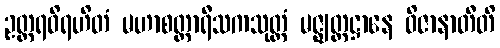
ဥတ္တရဝိရဟိတံ မဟာစတ္တာရီသကသုတ္တံ မဇ္ဈတ္တဋ္ဌာနေ ဝိဇာနာတီတိ